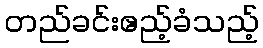
တည်ခင်းဧည့်ခံသည့်